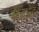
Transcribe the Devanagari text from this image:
मैनिओक